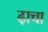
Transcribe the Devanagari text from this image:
ढा़चा